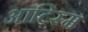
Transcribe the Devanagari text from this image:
आटिस्म